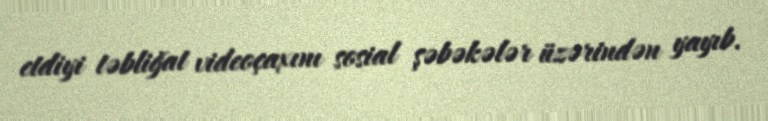
etdiyi təbliğat videoçaxını sosial şəbəkələr üzərindən yayıb.